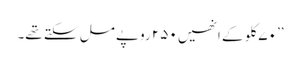
’’۷۰ کلو کے انھیں ۲۵۰ روپے مل سکتے تھے۔